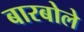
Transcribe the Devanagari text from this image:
बारबोले